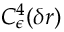
C _ { \epsilon } ^ { 4 } ( \delta r )